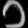
Digit: ၁